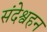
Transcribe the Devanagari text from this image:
संदेश्वहन